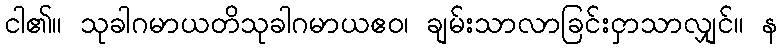
ငါ၏။ သုခါဂမာယတိသုခါဂမာယဧဝ၊ ချမ်းသာလာခြင်းငှာသာလျှင်။ န